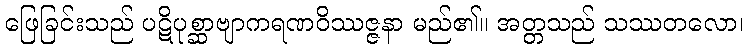
ဖြေခြင်းသည် ပဋိပုစ္ဆာဗျာကရဏဝိဿဇ္ဇနာ မည်၏။ အတ္တသည် သဿတလော၊